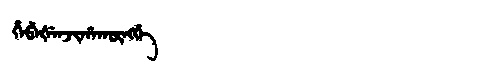
Manchu: ᡥᡝᠪᡝᡧᡝᠨᠵᡳᡥᠠᡴᡡᠩᡤᡝ
Romanization: HEBEŠENJIHAKŪNGGE